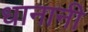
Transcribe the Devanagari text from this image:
धानानी